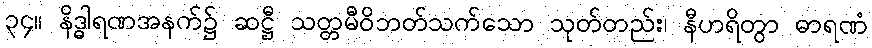
၃၄။ နိဒ္ဓါရဏအနက်၌ ဆဋ္ဌီ သတ္တမီဝိဘတ်သက်သော သုတ်တည်း၊ နီဟရိတွာ ဓာရဏံ